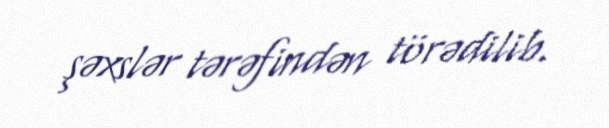
şəxslər tərəfindən törədilib.